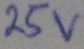
Text: 25v